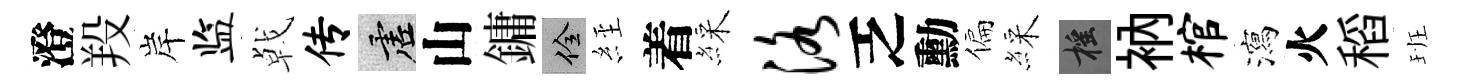
澄羖岸监㦸传虚山鏞佺𦀇着綵洛乏勳偏綵摇衲棺瀉火稻班